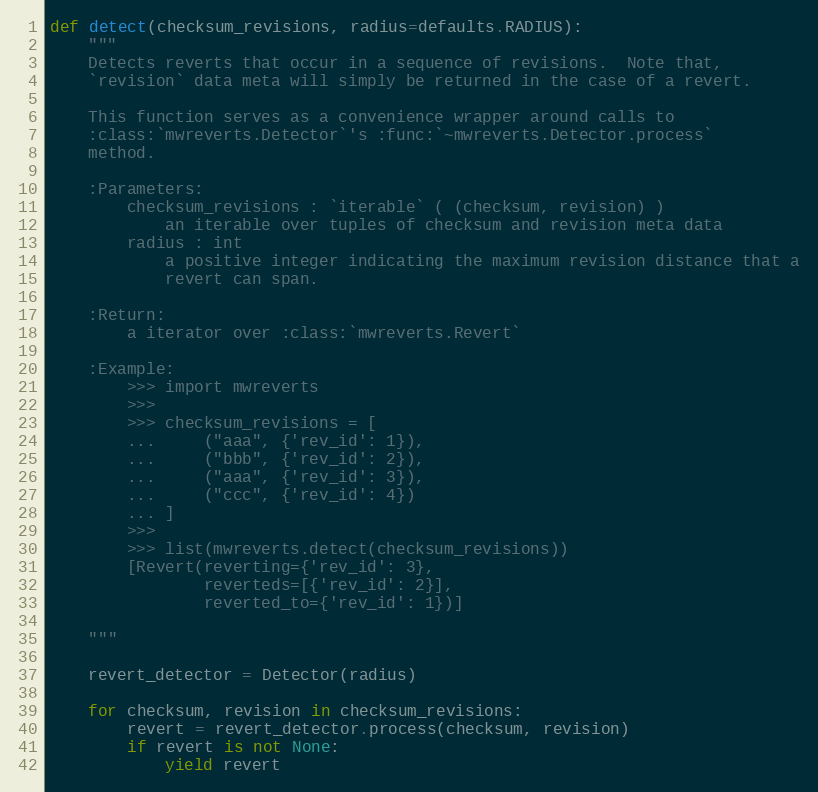
Language: Python
def detect(checksum_revisions, radius=defaults.RADIUS):
    """
    Detects reverts that occur in a sequence of revisions.  Note that,
    `revision` data meta will simply be returned in the case of a revert.

    This function serves as a convenience wrapper around calls to
    :class:`mwreverts.Detector`'s :func:`~mwreverts.Detector.process`
    method.

    :Parameters:
        checksum_revisions : `iterable` ( (checksum, revision) )
            an iterable over tuples of checksum and revision meta data
        radius : int
            a positive integer indicating the maximum revision distance that a
            revert can span.

    :Return:
        a iterator over :class:`mwreverts.Revert`

    :Example:
        >>> import mwreverts
        >>>
        >>> checksum_revisions = [
        ...     ("aaa", {'rev_id': 1}),
        ...     ("bbb", {'rev_id': 2}),
        ...     ("aaa", {'rev_id': 3}),
        ...     ("ccc", {'rev_id': 4})
        ... ]
        >>>
        >>> list(mwreverts.detect(checksum_revisions))
        [Revert(reverting={'rev_id': 3},
                reverteds=[{'rev_id': 2}],
                reverted_to={'rev_id': 1})]

    """

    revert_detector = Detector(radius)

    for checksum, revision in checksum_revisions:
        revert = revert_detector.process(checksum, revision)
        if revert is not None:
            yield revert